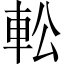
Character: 䡆